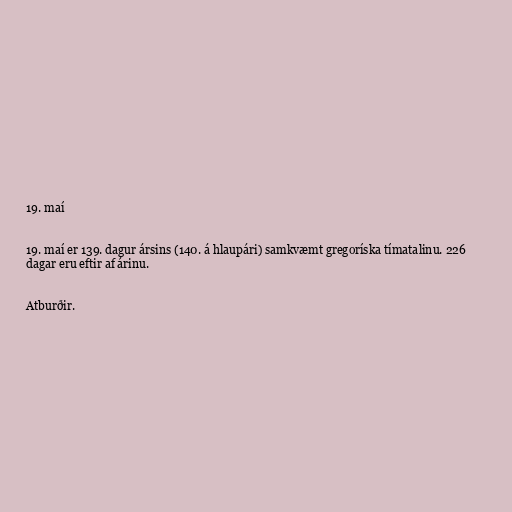
19. maí

19. maí er 139. dagur ársins (140. á hlaupári) samkvæmt gregoríska tímatalinu. 226
dagar eru eftir af árinu.

Atburðir.